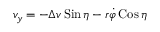
\begin{array} { r } { v _ { y } = - \Delta v \operatorname { S i n } \eta - r \dot { \varphi } \operatorname { C o s } \eta } \end{array}